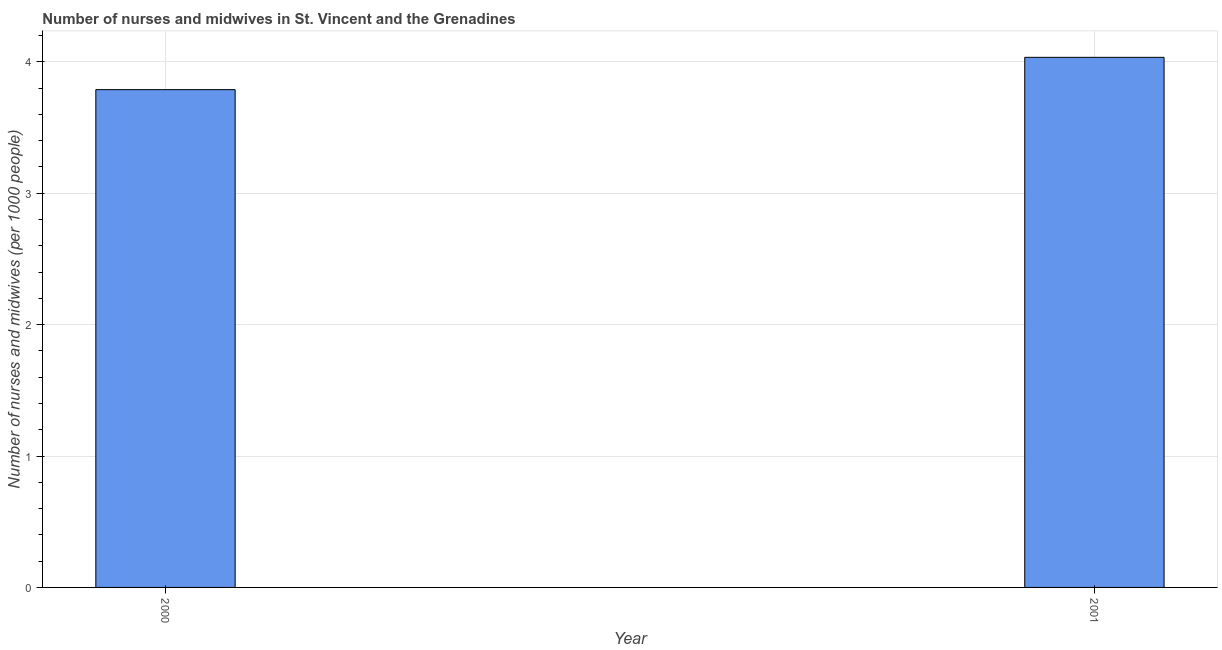
| Year | Nurses and midwives |
 | --- | --- |
 | 2000 | 3.79 |
 | 2001 | 4.03 |